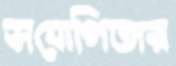
সযোগিতার